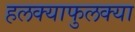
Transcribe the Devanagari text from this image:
हलक्याफुलक्या